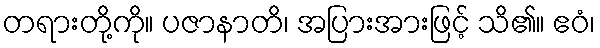
တရားတို့ကို။ ပဇာနာတိ၊ အပြားအားဖြင့် သိ၏။ ဧဝံ၊